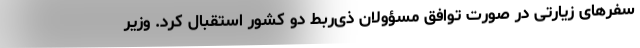
سفرهای زیارتی در صورت توافق مسؤولان ذی‌ربط دو کشور استقبال کرد. وزیر